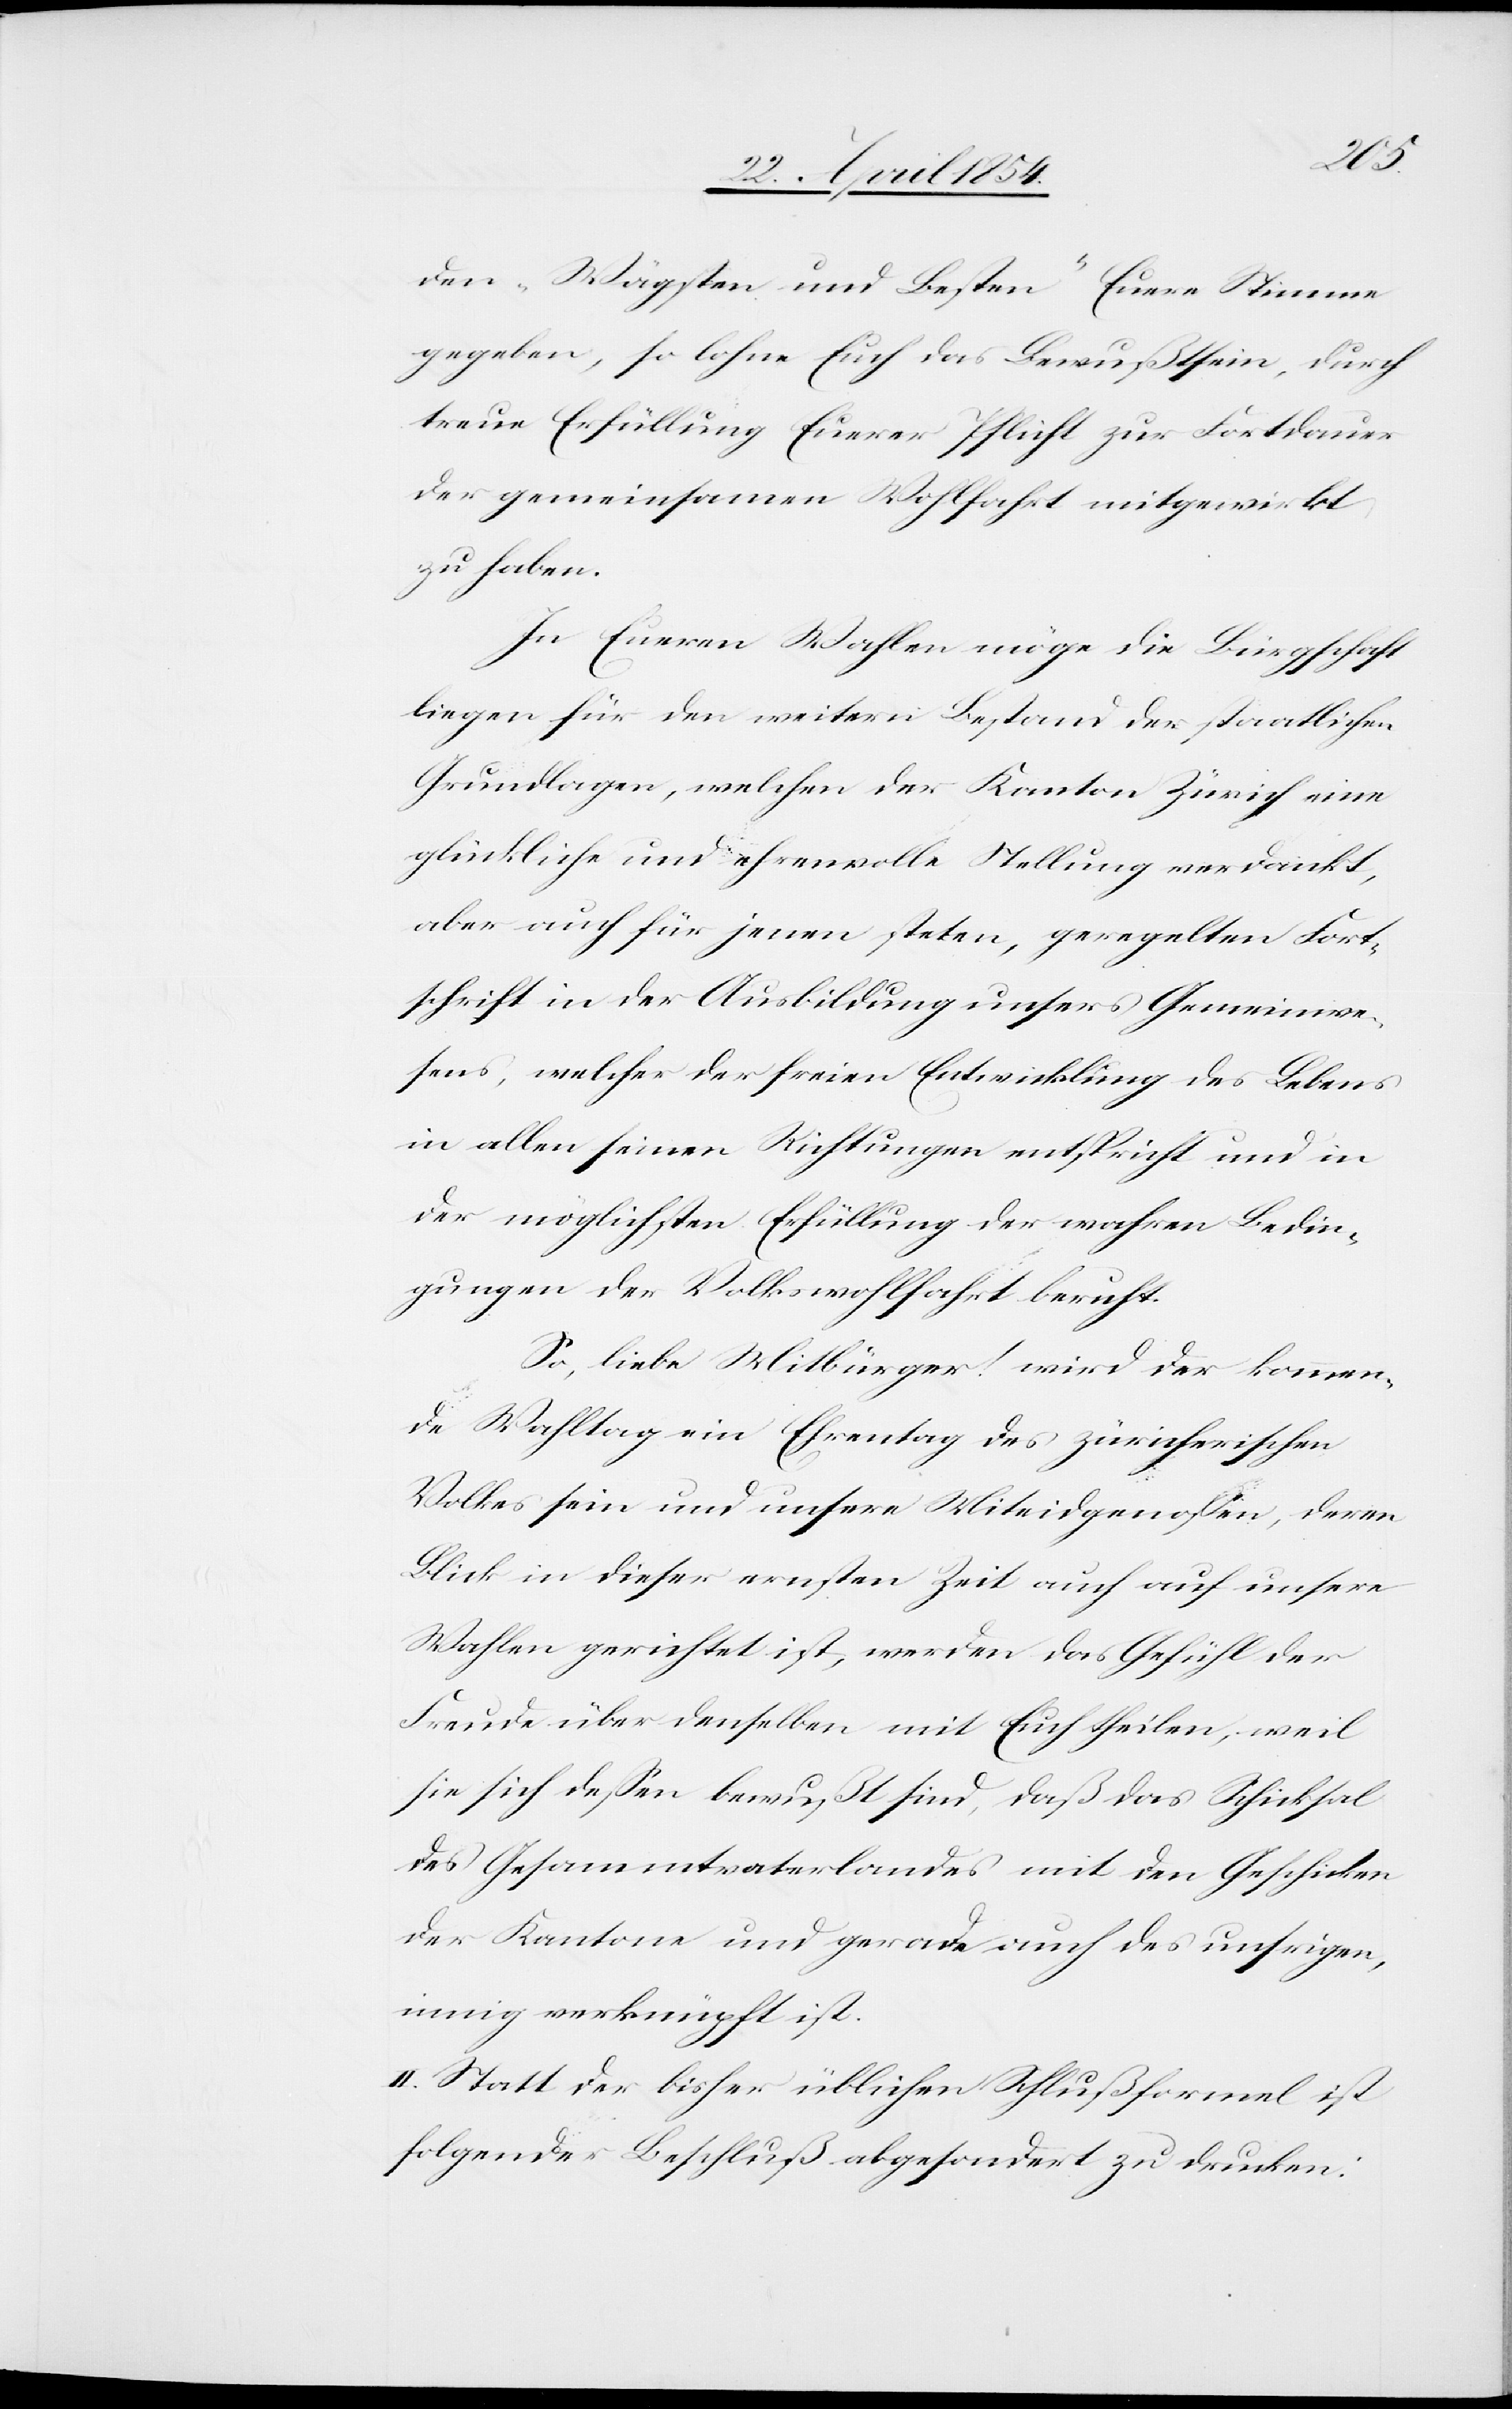
den „Wägsten und Besten“ Euere Stimme
gegeben, so lohne Euch das Bewußtsein, durch
treue Erfüllung Euerer Pflicht zur Fortdauer
der gemeinsamen Wohlfahrt mitgewirkt
zu haben.
In Eueren Wahlen möge die Bürgschaft
liegen für den weitern Bestand der staatlichen
Grundlagen, welchen der Kanton Zürich eine
glückliche und ehrenvolle Stellung verdankt,
aber auch für jenen steten, geregelten Fort¬
schrift in der Ausbildung unsers Gemeinwe¬
sens, welcher der freien Entwicklung des Lebens
in allen seinen Richtungen entspricht und in
der möglichsten Erfüllung der wahren Bedin¬
gungen der Volkwohlfahrt beruht.
So, liebe Mitbürger! wird der kommen¬
de Wahltag ein Ehrentag des zürcherischen
Volkes sein und unsere Miteidgenoßen, deren
Blick in dieser ernsten Zeit auch auf unsere
Wahlen gerichtet ist, werden das Gefühl der
Freude über denselben mit Euch theilen, weil
sie sich deßen bewußt sind, daß das Schicksal
des Gesammtvaterlandes mit den Geschicken
der Kantone und gerade auch des unsrigen,
innig verknüpft ist.
II. Statt der bisher üblichen Schlußformel ist
folgender Beschluß abgesondert zu drucken: